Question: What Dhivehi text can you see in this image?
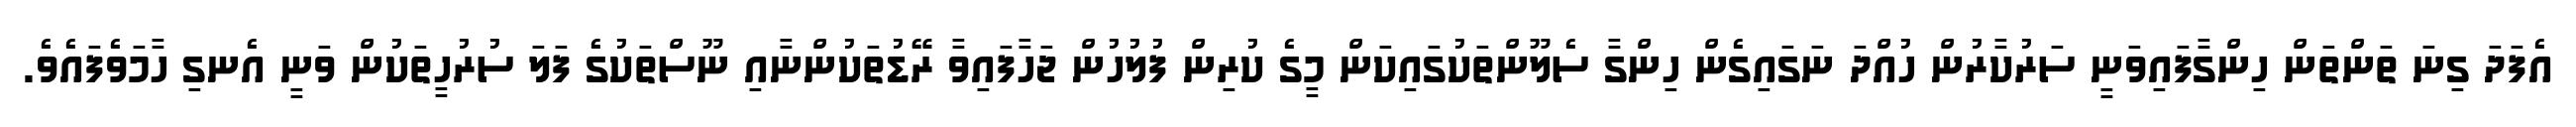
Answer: އެފަދަ ގިނަ ތަންތަން ހިންގާފައިވަނީ ސަރުކާރުން ހުއްދަ ނަގައިގެން ހިންގާ ސެލޫންތަކުގައިކަން މީގެ ކުރިން ފުލުހުން ޖަހާފައިވާ ރޭޑުތަކުންނާއި ނޫސްތަކުގެ ފަލަ ސުރުހީތަކުން ވަނީ އެނގި ހާމަވެފައެވެ.